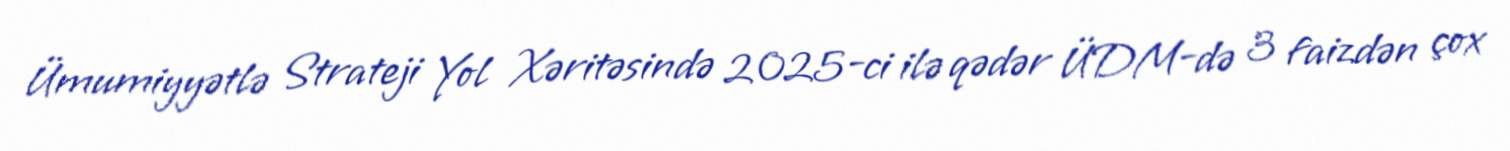
Ümumiyyətlə Strateji Yol Xəritəsində 2025-ci ilə qədər ÜDM-də 3 faizdən çox